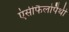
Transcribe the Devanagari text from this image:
एंसीफैलोपैथी